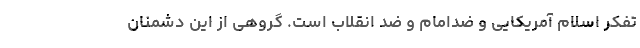
تفکر اسلام آمریکایی و ضدامام و ضد انقلاب است. گروهی از این دشمنان